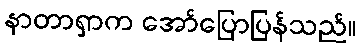
နာတာရှာက အော်ပြောပြန်သည်။